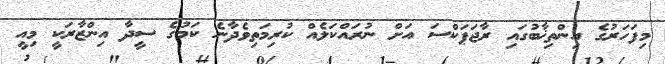
މިފަހަރުގެ އިންތިޚާބުގައި ރާޖަޕަކްސަ އަށް ނުރައްކަލެއް ކުރިމަތިވެދާނެ ކަމުގެ ސީދާ އިންޒާރަކީ މިއީ